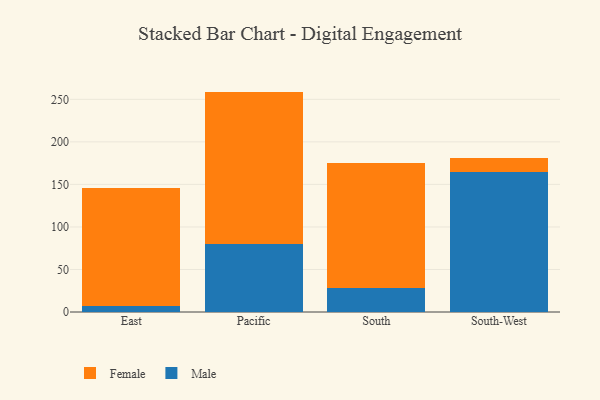
{"axis": {"x": "Region", "y": "Tickets Resolved"}, "legend": ["Female", "Male"], "data": [{"x": "East", "y": 6.9, "type": "Male"}, {"x": "East", "y": 138.8, "type": "Female"}, {"x": "Pacific", "y": 79.9, "type": "Male"}, {"x": "Pacific", "y": 179.2, "type": "Female"}, {"x": "South", "y": 28.0, "type": "Male"}, {"x": "South", "y": 147.0, "type": "Female"}, {"x": "South-West", "y": 164.8, "type": "Male"}, {"x": "South-West", "y": 16.1, "type": "Female"}]}